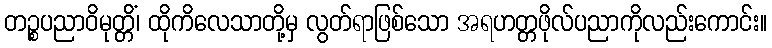
တဉ္စပညာဝိမုတ္တိံ၊ ထိုကိလေသာတို့မှ လွတ်ရာဖြစ်သော အရဟတ္တဖိုလ်ပညာကိုလည်းကောင်း။